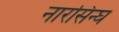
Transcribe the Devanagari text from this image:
नारसिन्घ